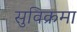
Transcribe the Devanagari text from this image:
सुविक्रमा